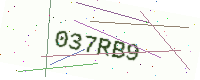
Text: 037RB9